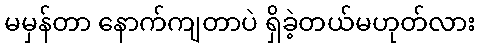
မမှန်တာ နောက်ကျတာပဲ ရှိခဲ့တယ်မဟုတ်လား